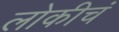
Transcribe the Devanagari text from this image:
लोकीचं